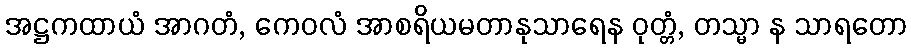
အဋ္ဌကထာယံ အာဂတံ, ကေဝလံ အာစရိယမတာနုသာရေန ဝုတ္တံ, တသ္မာ န သာရတော